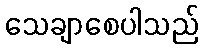
သေချာစေပါသည်